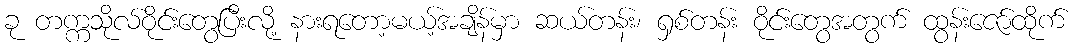
ခု တက္ကသိုလ်ဝိုင်းတွေပြီးလို့ နားရတော့မယ့်အချိန်မှာ ဆယ်တန်း၊ ရှစ်တန်း ဝိုင်းတွေအတွက် ထွန်းဇော်ထိုက်